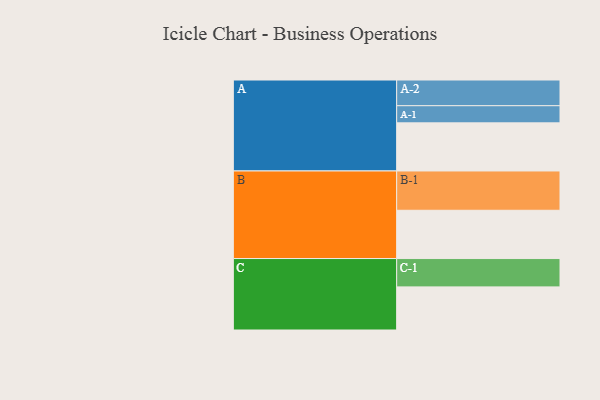
{"axis": {"x": "Segment", "y": "Value"}, "legend": ["", "A", "B", "C"], "data": [{"x": "A", "y": 365, "type": ""}, {"x": "B", "y": 366, "type": ""}, {"x": "C", "y": 327, "type": ""}, {"x": "A-1", "y": 130, "type": "A"}, {"x": "A-2", "y": 195, "type": "A"}, {"x": "B-1", "y": 298, "type": "B"}, {"x": "C-1", "y": 215, "type": "C"}]}